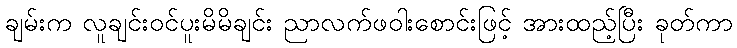
ချမ်းက လူချင်းဝင်ပူးမိမိချင်း ညာလက်ဖဝါးစောင်းဖြင့် အားထည့်ပြီး ခုတ်ကာ